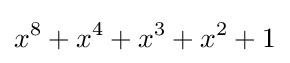
x^{8}+x^{4}+x^{3}+x^{2}+1